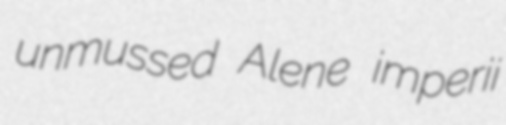
unmussed Alene imperii